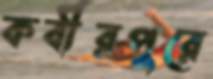
কবীরপুরে